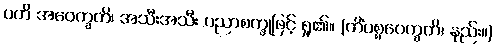
ပတိ အဝေက္ခတိ၊ အသီးအသီး ပညာစက္ခုဖြင့် ရှု၏။ (ကိံပစ္စဝေက္ခတိ၊ နည်း။)